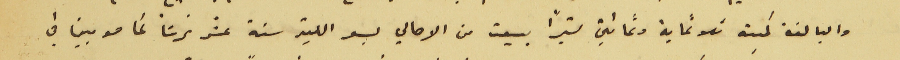
والبالغة كميته ثلاثماية وثمانين ليترًا بيعت من الاهالي بسعر الليتر ستة عشر غرشاً كما هو مبين في